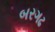
બરગઢ